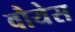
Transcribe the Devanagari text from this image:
वौयेस